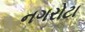
નગરોટા